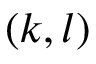
( k , l )